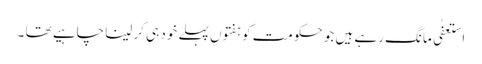
استعفٰی مانگ رہے ہیں جو حکومت کو ہفتوں پہلے خود ہی کر لینا چاہیے تھا ۔